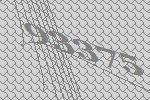
93375